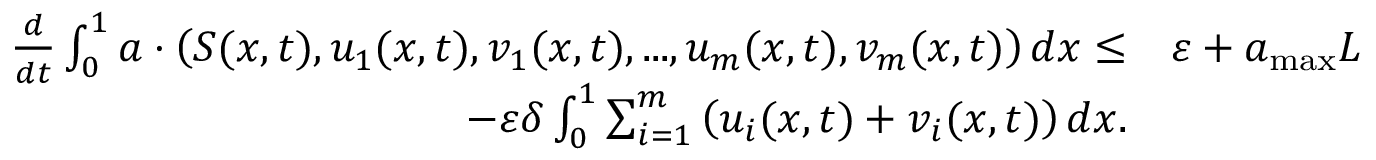
\begin{array} { r l } { \frac { d } { d t } \int _ { 0 } ^ { 1 } a \cdot \left( S ( x , t ) , u _ { 1 } ( x , t ) , v _ { 1 } ( x , t ) , . . . , u _ { m } ( x , t ) , v _ { m } ( x , t ) \right) d x \le } & { \varepsilon + a _ { \mathrm { m a x } } L } \\ { - \varepsilon \delta \int _ { 0 } ^ { 1 } \sum _ { i = 1 } ^ { m } \left( u _ { i } ( x , t ) + v _ { i } ( x , t ) \right) d x . } \end{array}